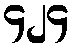
၄၂၄